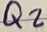
Text: Q2